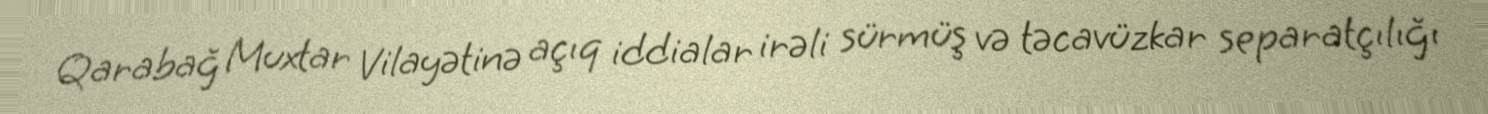
Qarabağ Muxtar Vilayətinə açıq iddialar irəli sürmüş və təcavüzkar separatçılığı